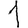
Digit: 1